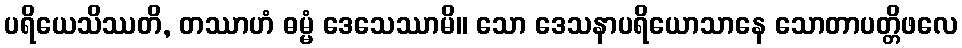
ပရိယေသိဿတိ, တဿာဟံ ဓမ္မံ ဒေသေဿာမိ။ သော ဒေသနာပရိယောသာနေ သောတာပတ္တိဖလေ